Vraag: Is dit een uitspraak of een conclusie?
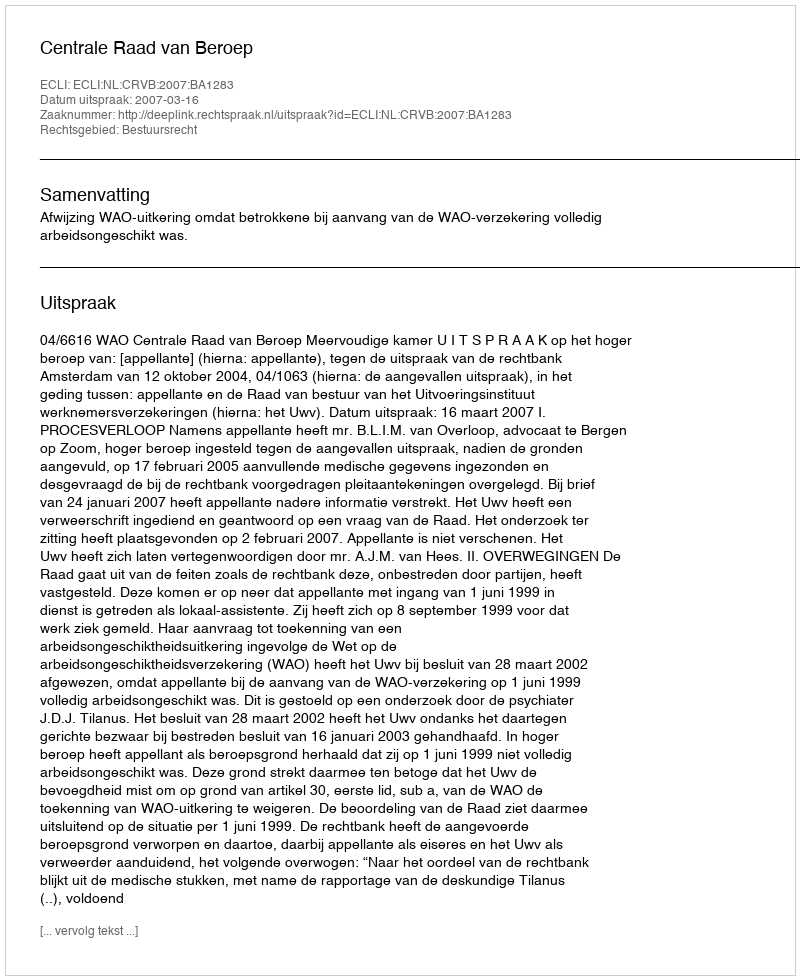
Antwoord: Uitspraak